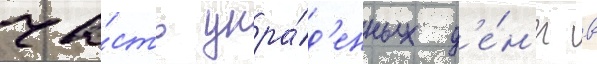
ча́сть укра́д'енных д'е́н'ег в